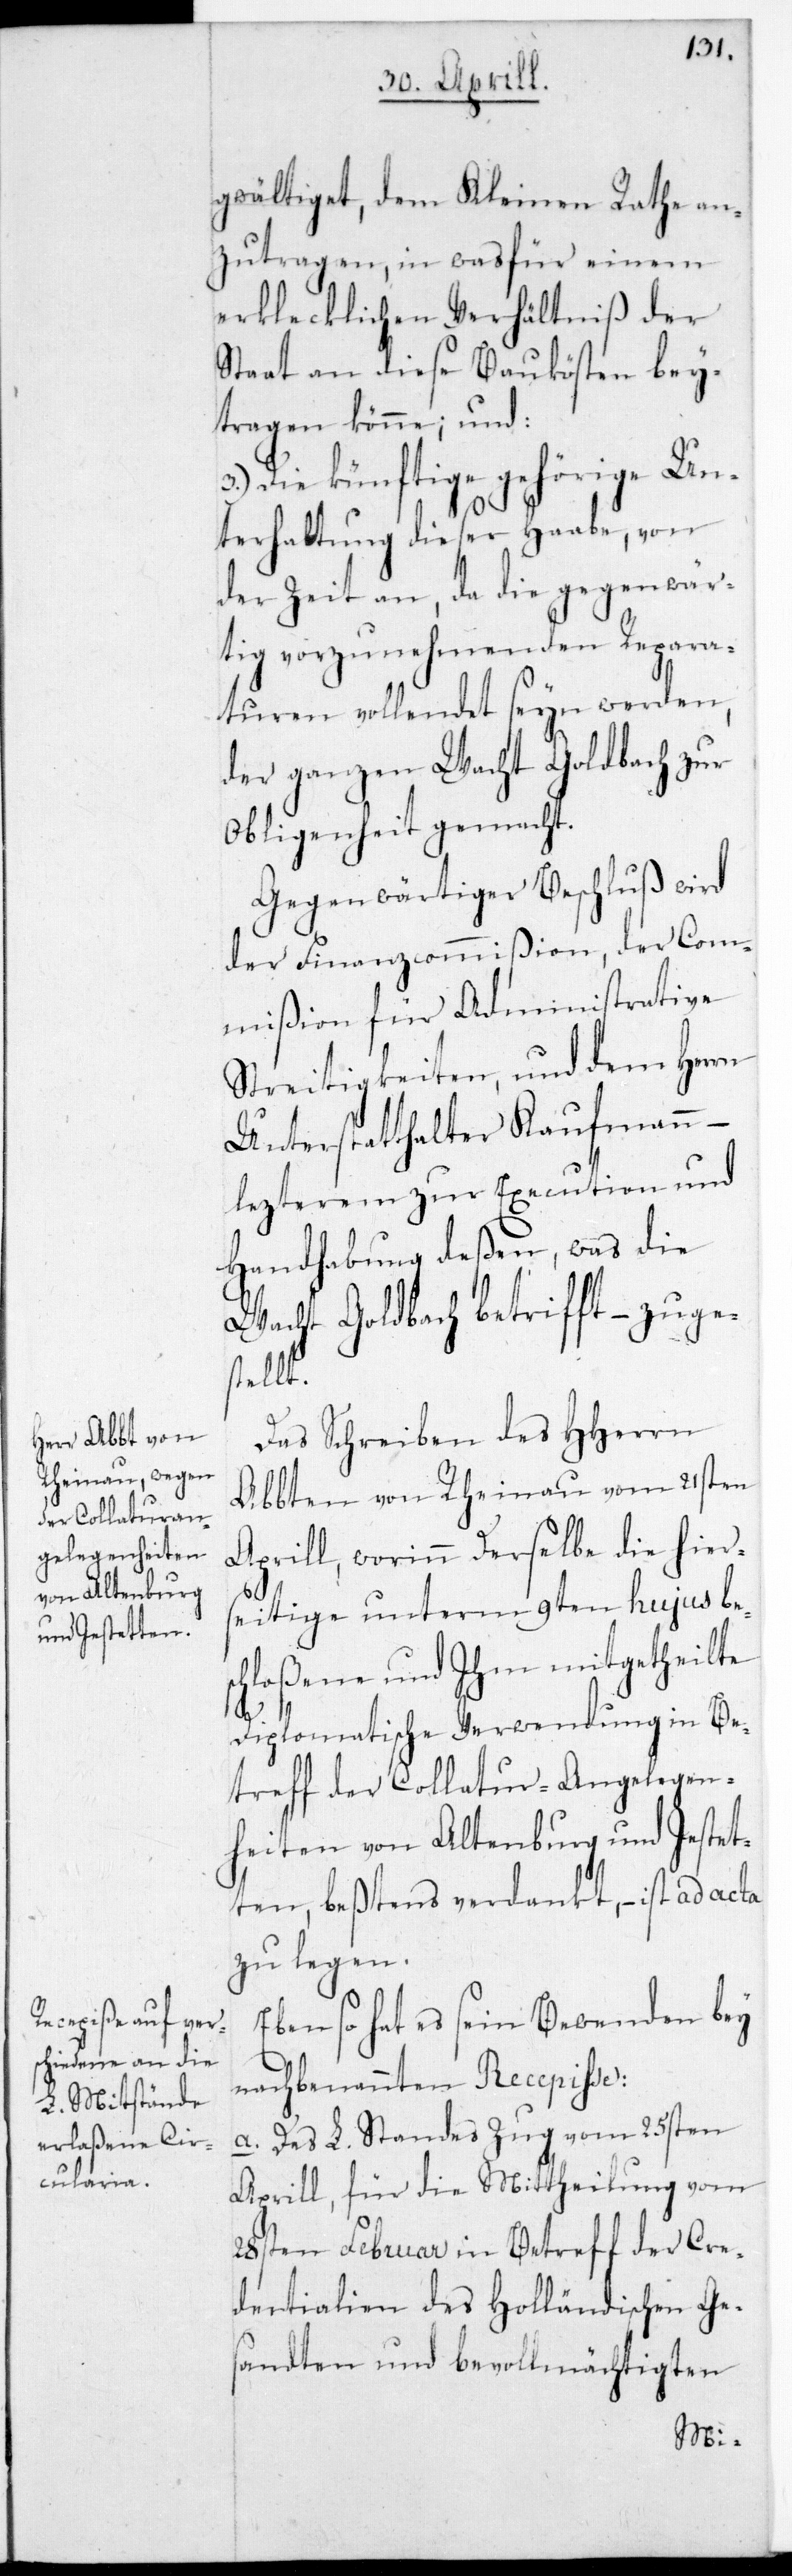
gwältiget, dem Kleinen Rathe an¬
zutragen, in was für einem
erklecklichen Verhältniß der
Staat an diese Baukösten bey¬
tragen könne.
Die künftige gehörige Un¬
terhaltung dieser Haabe, von
der Zeit an, da die gegenwär¬
tig vorzunehmenden Repara¬
turen vollendet sein werden,
der ganzen Wacht Goldbach zur
Obliegenheit gemacht.
Gegenwärtiger Beschluß wird
der Finanzcommißion, der Com¬
mißion für Adminitrative
Streitigkeiten und dem Herrn
Unterstatthalter Kaufmann
letzterem zu Execution und
Handhabung deßen, was die
Wacht Goldbach betrifft, – zuge¬
stellt.
Das Schreiben des HHerrn
Abbten von Rheinau vom 21sten
Aprill, worinn derselbe die hier¬
seitige unterm 9ten hujus bes¬
chloßene und ihm mitgetheilte
diplomatische Verwendung in Be¬
treff der Collatur-Angelegen¬
heiten von Altenburg und Jestet¬
ten, beßtens verdankt, ist ad acta
zu legen.
Ebenso hat es sein Bewenden bey
nachbenannten Recepiße:
a. Des L. Standes Zug vom 25sten
Aprill, für die Mittheilung vom
28sten Februar in Betreff der Cre¬
dentialien des Holländischen Ge¬
sandten und bevollmächtigten